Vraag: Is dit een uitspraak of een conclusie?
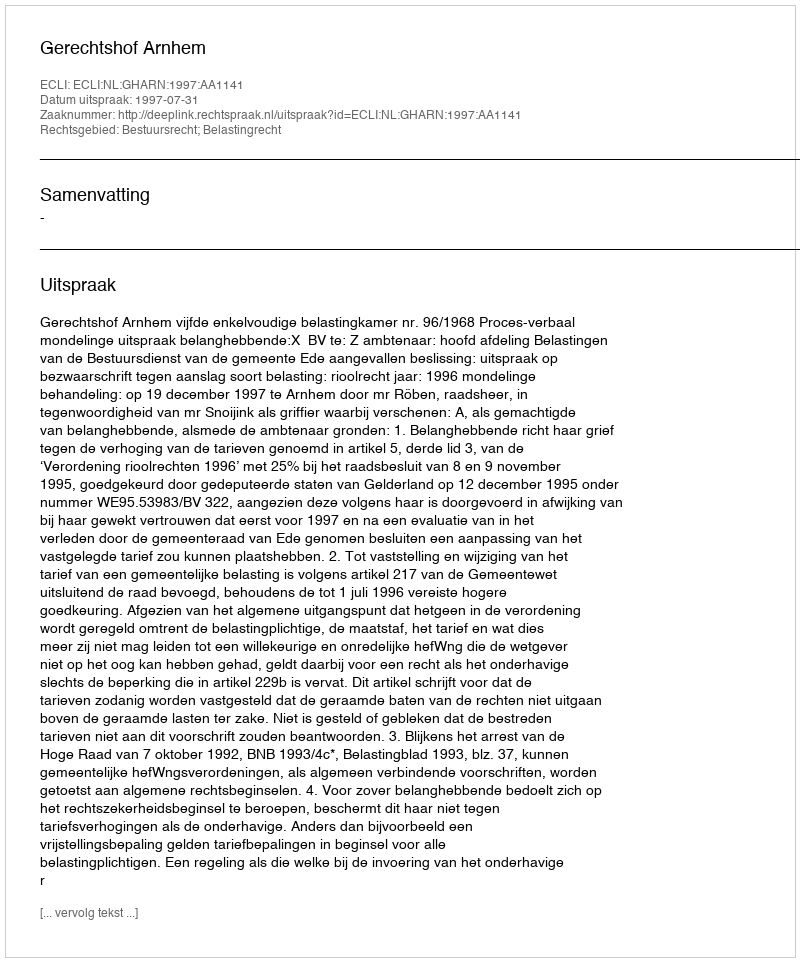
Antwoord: Uitspraak